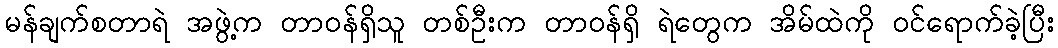
မန်ချက်စတာရဲ အဖွဲ့က တာဝန်ရှိသူ တစ်ဦးက တာဝန်ရှိ ရဲတွေက အိမ်ထဲကို ဝင်ရောက်ခဲ့ပြီး